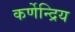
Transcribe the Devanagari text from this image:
कर्णेन्द्रिय